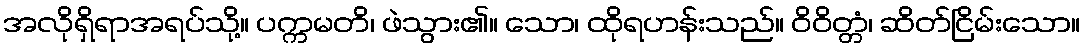
အလိုရှိရာအရပ်သို့။ ပက္ကမတိ၊ ဖဲသွား၏။ သော၊ ထိုရဟန်းသည်။ ဝိဝိတ္တံ၊ ဆိတ်ငြိမ်းသော။